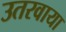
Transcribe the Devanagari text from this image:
उतरवाया